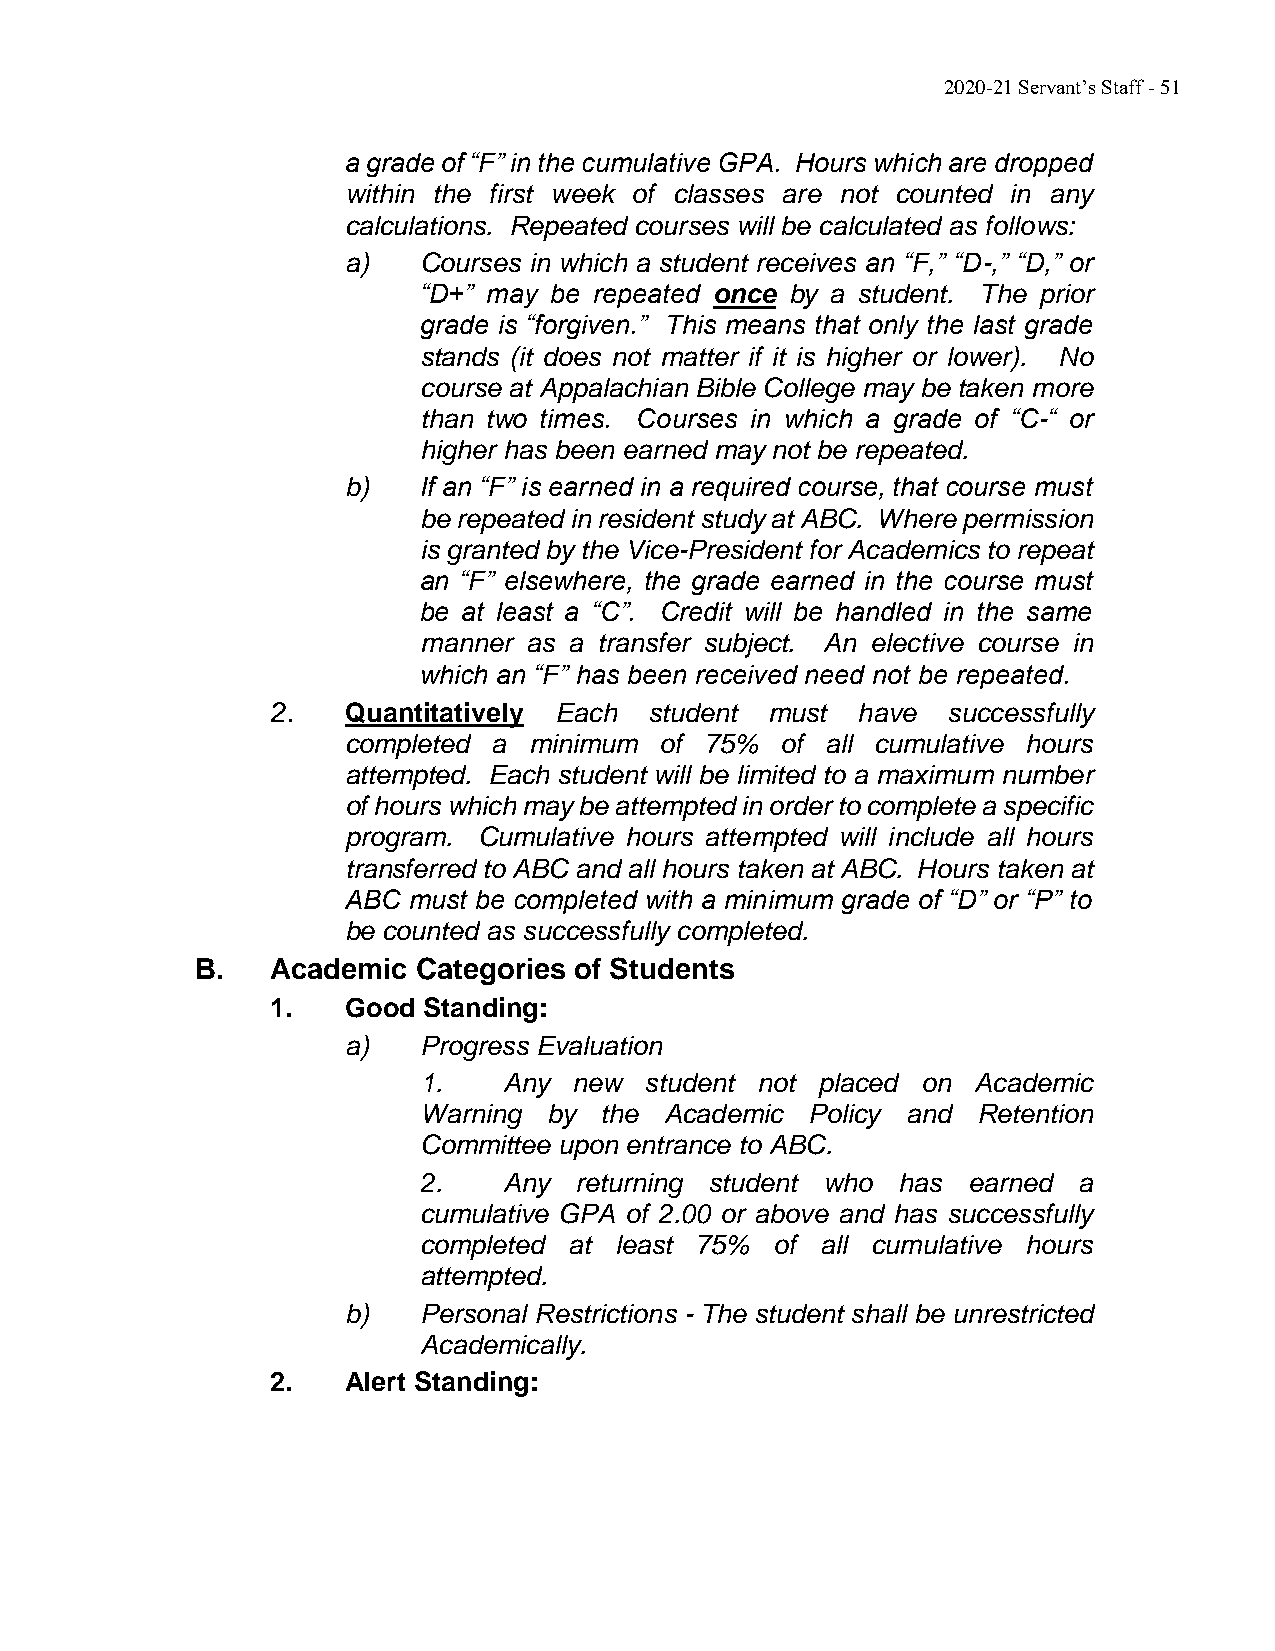
2020-21 Servant’s Staff - 51
 a grade of “F” in the cumulative GPA. Hours which are dropped
 within the first week of classes are not counted in any
 calculations. Repeated courses will be calculated as follows:
 a)   Courses in which a student receives an “F,” “D-,” “D,” or
 “D+” may be repeated once by a student. The prior
 grade is “forgiven.” This means that only the last grade
 stands (it does not matter if it is higher or lower). No
 course at Appalachian Bible College may be taken more
 than two times. Courses in which a grade of “C-“ or
 higher has been earned may not be repeated.
 b)   If an “F” is earned in a required course, that course must
 be repeated in resident study at ABC. Where permission
 is granted by the Vice-President for Academics to repeat
 an “F” elsewhere, the grade earned in the course must
 be at least a “C”. Credit will be handled in the same
 manner as a transfer subject. An elective course in
 which an “F” has been received need not be repeated.
 2.   Quantitatively Each student must  have  successfully
 completed a minimum  of 75%  of all cumulative hours
 attempted. Each student will be limited to a maximum number
 of hours which may be attempted in order to complete a specific
 program. Cumulative hours attempted will include all hours
 transferred to ABC and all hours taken at ABC. Hours taken at
 ABC must be completed with a minimum grade of “D” or “P” to
 be counted as successfully completed.
 B.   Academic  Categories of Students
 1.   Good Standing:
 a)   Progress Evaluation
 1.   Any  new  student not placed on Academic
 Warning by  the Academic  Policy and Retention
 Committee upon entrance to ABC.
 2.   Any  returning student who has earned a
 cumulative GPA of 2.00 or above and has successfully
 completed at least 75% of all cumulative hours
 attempted.
 b)   Personal Restrictions - The student shall be unrestricted
 Academically.
 2.   Alert Standing: